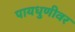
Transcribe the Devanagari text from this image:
पायधुणीवर